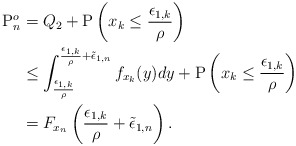
\begin{align*}\mathrm{P}^o_n &=Q_2+\mathrm{P}\left(x_k\leq \frac{\epsilon_{1,k}}{\rho}\right)\\ &\leq\int^{\frac{\epsilon_{1,k}}{\rho} +\tilde{\epsilon}_{1,n}}_{ \frac{\epsilon_{1,k}}{\rho}} f_{{x}_k}(y) dy+\mathrm{P}\left(x_k\leq \frac{\epsilon_{1,k}}{\rho}\right)\\ &= F_{{x}_n}\left(\frac{\epsilon_{1,k}}{\rho} +\tilde{\epsilon}_{1,n}\right).\end{align*}